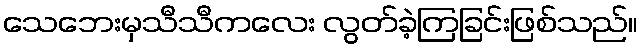
သေဘေးမှသီသီကလေး လွတ်ခဲ့ကြခြင်းဖြစ်သည်။